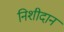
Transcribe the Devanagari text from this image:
निशीदान